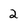
Character: 2